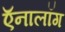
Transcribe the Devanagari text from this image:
ऍनालॉग